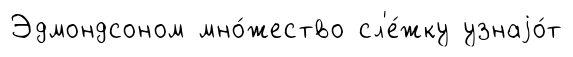
Эдмондсоном мно́жество сл'е́жку узнаjо́т